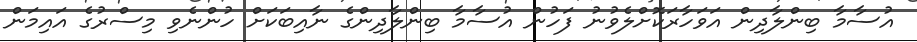
އުސާމާ ބިންލާދިން އަވަހާރަކޮށްލެވުނު ފަހުން އުސާމާ ބިންލާދިންގެ ނާއިބަކަށް ހުންނެވި މިސްރުގެ އައިމަން